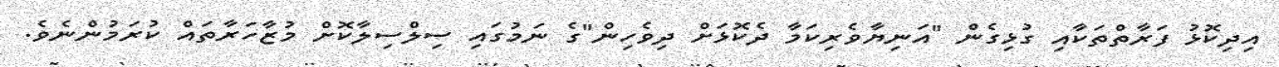
އިދިކޮޅު ފަރާތްތަކާއި ގުޅިގެން "އަނިޔާވެރިކަމާ ދެކޮޅަށް ދިވެހިން"ގެ ނަމުގައި ސިލްސިލާކޮށް މުޒާހަރާތައް ކުރަމުންނެވެ.